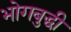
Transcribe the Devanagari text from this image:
भोगबुद्धी